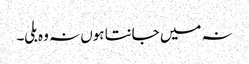
نہ میں جانتا ہوں نہ وہ بلی۔